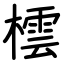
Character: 橒